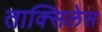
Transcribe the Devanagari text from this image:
ताक्सिलेस